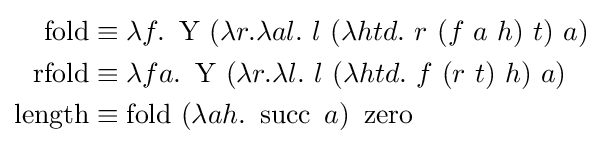
{\begin{aligned}\operatorname {fold} &\equiv \lambda f.\ \operatorname {Y} \ (\lambda r.\lambda al.\ l\ (\lambda htd.\ r\ (f\ a\ h)\ t)\ a)\\\operatorname {rfold} &\equiv \lambda fa.\ \operatorname {Y} \ (\lambda r.\lambda l.\ l\ (\lambda htd.\ f\ (r\ t)\ h)\ a)\\\operatorname {length} &\equiv \operatorname {fold} \ (\lambda ah.\ \operatorname {succ} \ a)\ \operatorname {zero} \end{aligned}}